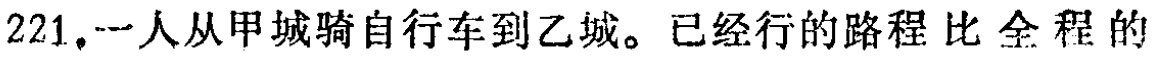
221. 一人从甲城骑自行车到乙城。已经行的路程 比 全 程 的